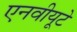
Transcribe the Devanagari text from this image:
एनवीयूटे